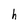
Character: h